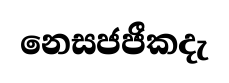
නෙසජජීකදැ